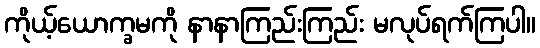
ကိုယ့်ယောက္ခမကို နာနာကြည်းကြည်း မလုပ်ရက်ကြပါ။